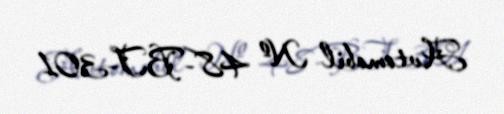
Avtomobil № 48-BT-301